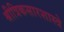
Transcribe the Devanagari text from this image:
श्रीत्रिकसारशास्त्रे